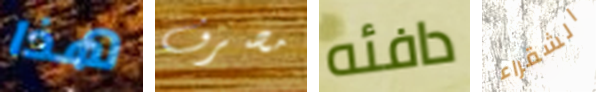
هذا مصرف دافئه الشقراء